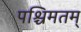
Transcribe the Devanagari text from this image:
पश्चिमतम्